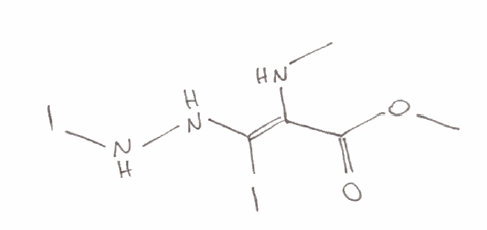
Simplified molecular-input line-entry system (SMILES) notation of the given molecule:
CN/C(=C(\NNI)/I)/C(=O)OC